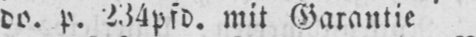
do. p. 234pfd. mit Garantie